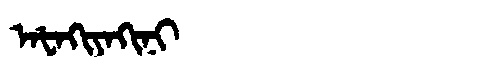
Manchu: ᠠᡶᠠᡴᡳᠶᠠᡴᡳᠨᡳ
Romanization: AFAKIYAKINI